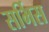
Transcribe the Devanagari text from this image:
सर्भिस